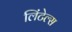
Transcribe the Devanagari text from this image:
लिंटेल्स